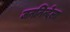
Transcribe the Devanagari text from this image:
जननिन्देला